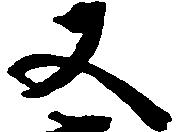
又